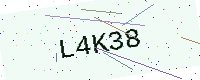
Text: L4K38